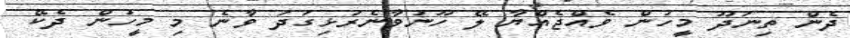
ދެން ތިނަދޫ މީހުން ވެއްޖެއްޔާ ލޭ ހޫނުވާނެރުޅިގަދަ ވާނެ މި މީހުން ދެކޭ